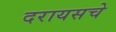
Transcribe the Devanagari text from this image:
दरायसचे